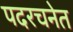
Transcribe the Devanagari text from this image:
पदरचनेत